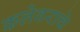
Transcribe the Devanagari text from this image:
कलेवराचे